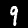
Label: 9